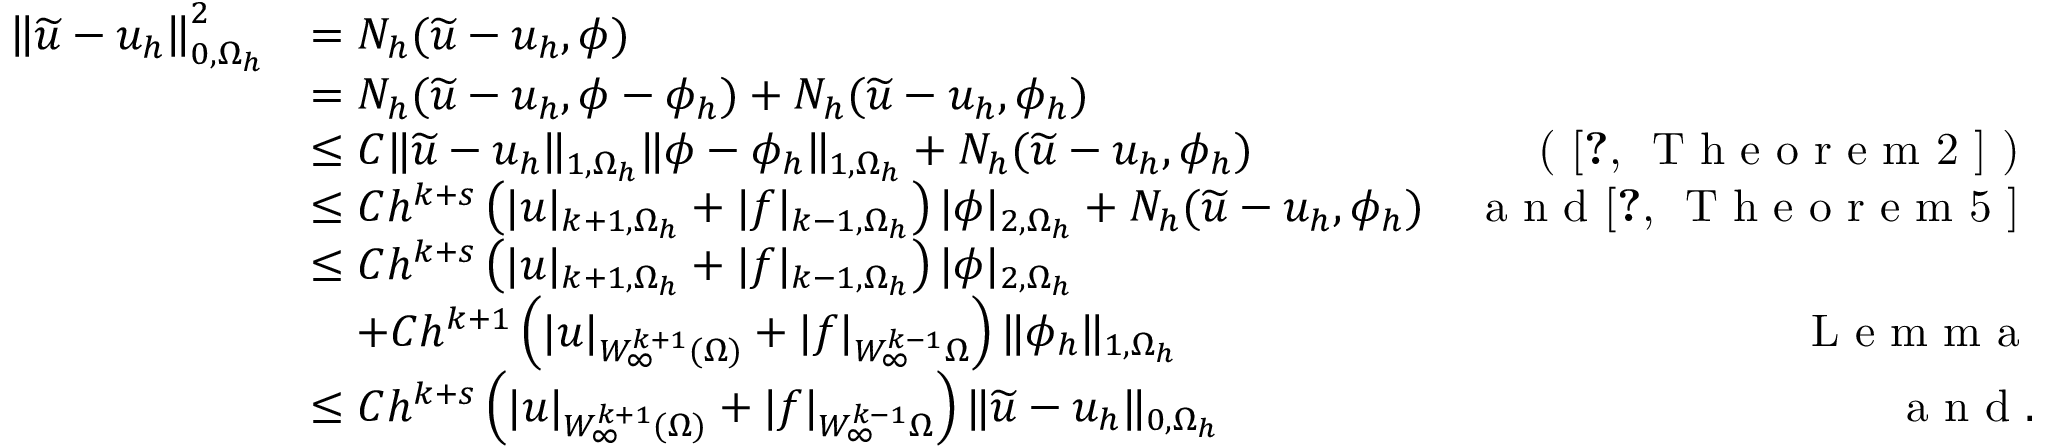
\begin{array} { r l r l } { \left\| \widetilde u - u _ { h } \right\| _ { 0 , \Omega _ { h } } ^ { 2 } } & { = N _ { h } ( \widetilde u - u _ { h } , \phi ) } & \\ & { = N _ { h } ( \widetilde u - u _ { h } , \phi - \phi _ { h } ) + N _ { h } ( \widetilde u - u _ { h } , \phi _ { h } ) } & \\ & { \leq C \| \widetilde u - u _ { h } \| _ { 1 , \Omega _ { h } } \| \phi - \phi _ { h } \| _ { 1 , \Omega _ { h } } + N _ { h } ( \widetilde u - u _ { h } , \phi _ { h } ) } & { \textrm { ( \cite [ T h e o r e m 2 ] { c h e u n g 2 0 1 9 o p t i m a l l y } ) } } \\ & { \leq C h ^ { k + s } \left( | u | _ { k + 1 , \Omega _ { h } } + | f | _ { k - 1 , \Omega _ { h } } \right) | \phi | _ { 2 , \Omega _ { h } } + N _ { h } ( \widetilde u - u _ { h } , \phi _ { h } ) } & { \textrm { a n d \cite [ T h e o r e m 5 ] { c h e u n g 2 0 1 9 o p t i m a l l y } } } \\ & { \leq C h ^ { k + s } \left( | u | _ { k + 1 , \Omega _ { h } } + | f | _ { k - 1 , \Omega _ { h } } \right) | \phi | _ { 2 , \Omega _ { h } } } & & { } \\ & { \quad + C h ^ { k + 1 } \left( | u | _ { W _ { \infty } ^ { k + 1 } ( \Omega ) } + | f | _ { W _ { \infty } ^ { k - 1 } \Omega } \right) \| \phi _ { h } \| _ { 1 , \Omega _ { h } } } & { \textrm { L e m m a } } \\ & { \leq C h ^ { k + s } \left( | u | _ { W _ { \infty } ^ { k + 1 } ( \Omega ) } + | f | _ { W _ { \infty } ^ { k - 1 } \Omega } \right) \| \widetilde u - u _ { h } \| _ { 0 , \Omega _ { h } } } & { \textrm { a n d } . } \end{array}